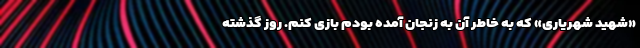
«شهید شهریاری» که به خاطر آن به زنجان آمده بودم بازی کنم. روز گذشته